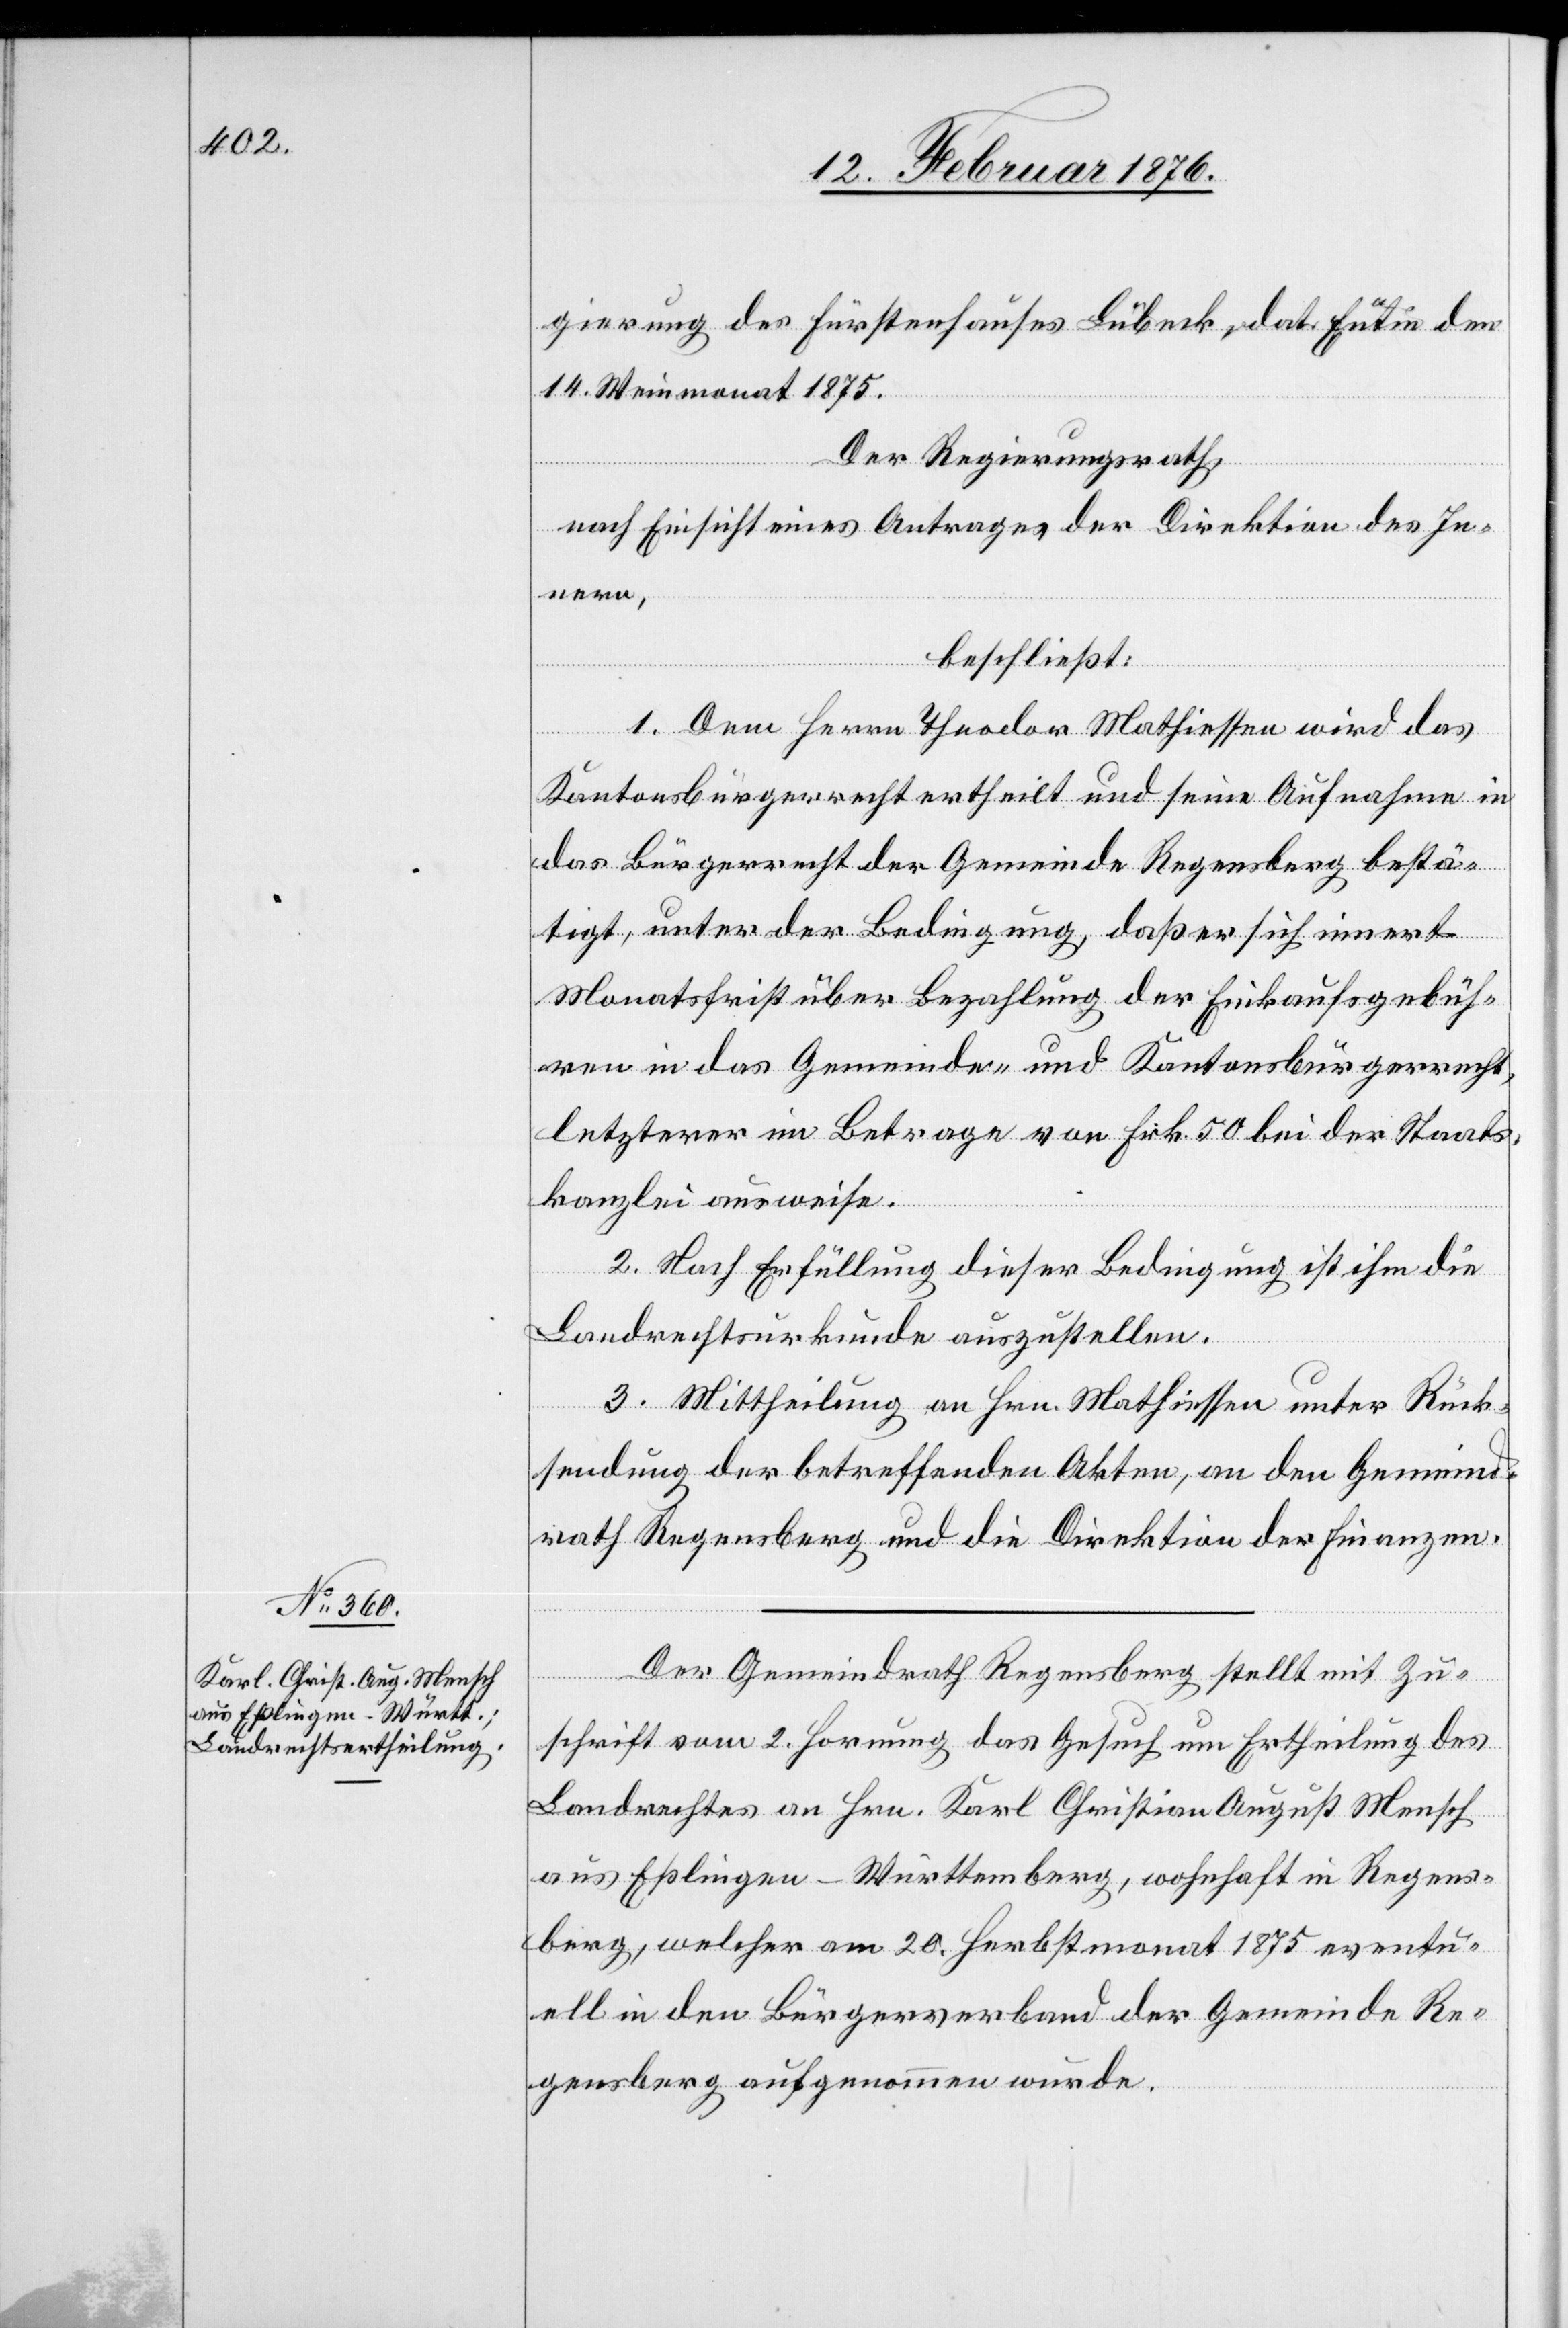
Der Gemeindrath Regensberg stellt mit Zu¬
schrift vom 2. Hornung das Gesuch um Ertheilung des
Landrechtes an Hrn. Karl Christian August Mensch
aus Eßlingen-Württemberg, wohnhaft in Regens¬
berg, welcher am 20. Herbstmonat 1875 eventu¬
ell in den Bürgerverband der Gemeinde Re¬
gensberg aufgenommen wurde.